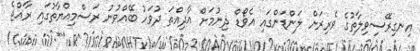
އިނގިރޭސިވިލާތުގެ ވެރިރަށް ލަންޑަންގައި އެވޯޑް ދިނުމަށް އާދިއްތަ ދުވަހު ބޭއްވުނު ރަސްމިއްޔާތުގައި ރާއްޖެ